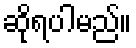
ဆိုရပါမည်။